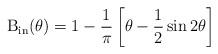
LaTeX: \begin{align*}\textrm{B}_{\rm{in}}(\theta)=1- \frac{1}{\pi}\left[ \theta-\frac{1}{2} \sin 2 \theta\right]\end{align*}